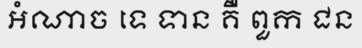
អំណាច ទេ ទាន គឺ ពួក ជន